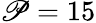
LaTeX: \mathscr{P}=15